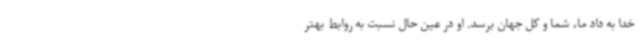
خدا به داد ما، شما و کل جهان برسد. او در عین حال نسبت به روابط بهتر